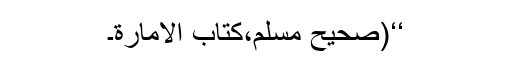
‘‘(صحیح مسلم،کتاب الامارة۔